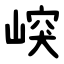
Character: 㟮